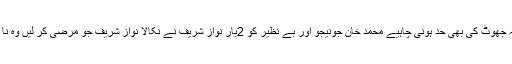
نجی ٹی وی سے گفتگو کرتے ہوئے شیخ رشید احمد نے کہا کہ جھوٹ کی بھی حد ہونی چاہیے محمد خان جونیجو اور بے نظیر کو 2بار نواز شریف نے نکالا نواز شریف جو مرضی کر لیں وہ نا اہل ہو چکے ہیں آخری عمر میں دھکے کھانا انہیں مبارک ہو ۔